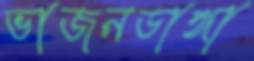
ভাজনডাঙ্গা